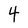
Character: 4